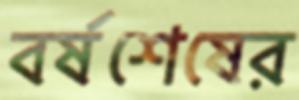
বর্ষশেষের